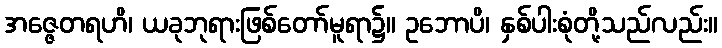
အဇ္ဇေတရဟိ၊ ယခုဘုရားဖြစ်တော်မူရာ၌။ ဥဘောပိ၊ နှစ်ပါးစုံတို့သည်လည်း။